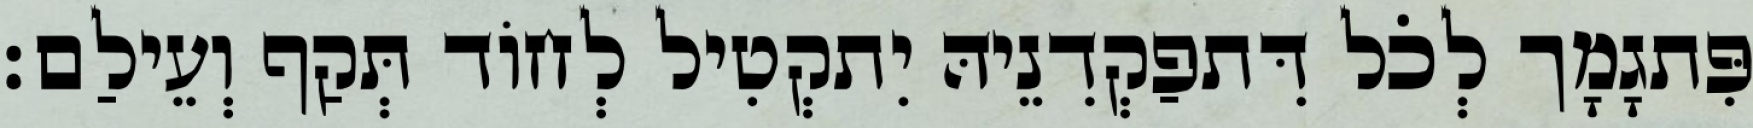
פִּתגָמָך לְכֹל דִּתפַקְדִנֵיהּ יִתקְטִיל לְחוֹד תְּקַף וְעֵילַם׃